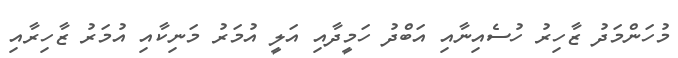
މުހަންމަދު ޒާހިރު ހުސެއިނާއި އަބްދު ހަމީދާއި އަލީ އުމަރު މަނިކާއި އުމަރު ޒާހިރާއި